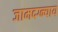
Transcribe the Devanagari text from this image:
जामदग्न्याय